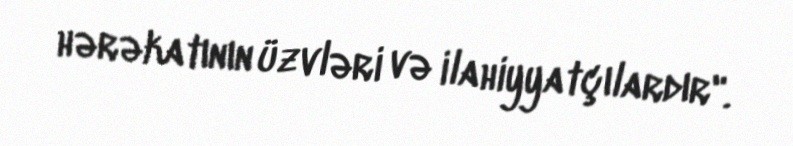
hərəkatının üzvləri və ilahiyyatçılardır".